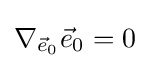
\nabla _{{\vec {e}}_{0}}{\vec {e}}_{0}=0